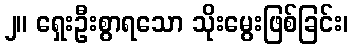
၂။ ရှေးဦးစွာရသော သိုးမွေးဖြစ်ခြင်း၊